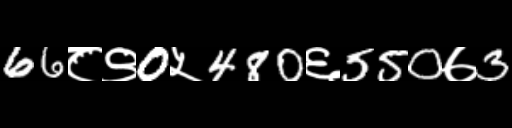
Text: 66८९0५480६550७3